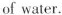
of water.